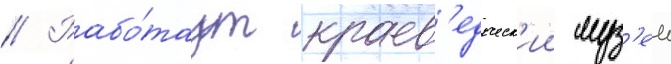
// Рабо́таут краев'едческ'ии муз'еи